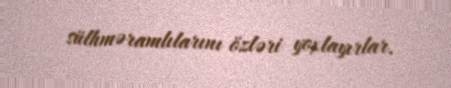
sülhməramlılarını özləri yoxlayırlar.